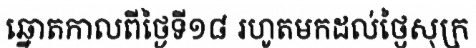
ឆ្នោតកាលពីថ្ងៃទី១៨ រហូតមកដល់ថ្ងៃសុក្រ